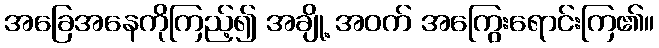
အခြေအနေကိုကြည့်၍ အချို့ အဝက် အကြွေးရောင်းကြ၏။